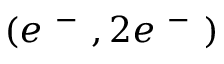
( e ^ { \mathrm { ~ - ~ } } , 2 e ^ { \mathrm { ~ - ~ } } )